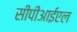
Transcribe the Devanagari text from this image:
सीपीआईएल